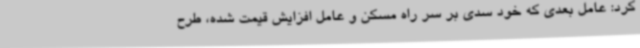
کرد: عامل بعدی که خود سدی بر سر راه مسکن و عامل افزایش قیمت شده، طرح